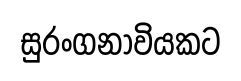
සුරංගනාවියකට